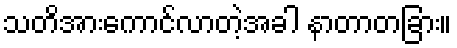
သတိအားကောင်လာတဲ့အခါ နာတာတခြား။